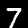
Digit: 7